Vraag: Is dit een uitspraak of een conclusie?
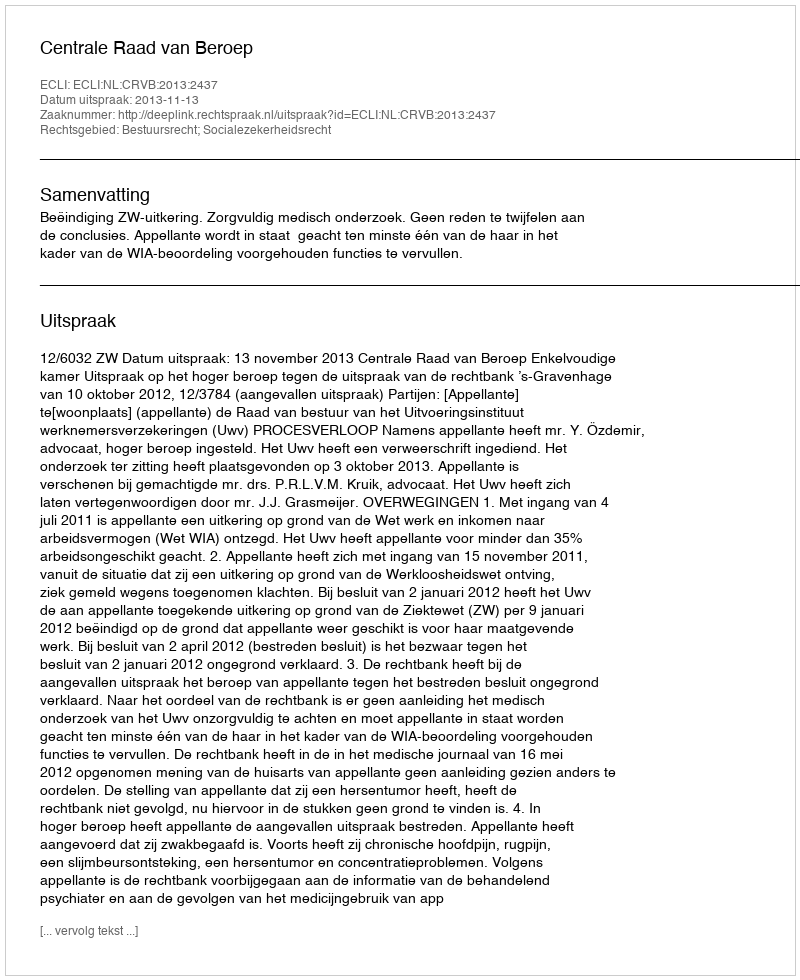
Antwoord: Uitspraak